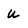
Character: u